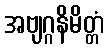
အဗျဂ္ဂနိမိတ္တံ